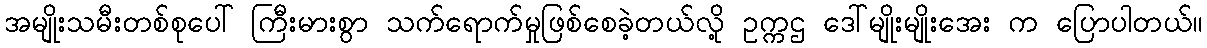
အမျိုးသမီးတစ်စုပေါ် ကြီးမားစွာ သက်ရောက်မှုဖြစ်စေခဲ့တယ်လို့ ဥက္ကဌ ဒေါ်မျိုးမျိုးအေး က ပြောပါတယ်။